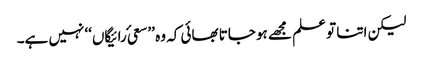
لیکن اتنا تو علم مجھے ہو جاتا بھائی کہ وہ ’’سعیٔ رائیگاں‘‘ نہیں ہے۔